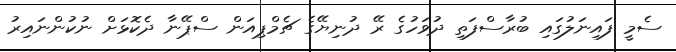
ސެމީ ފައިނަލުގައި ބުރާސްފަތި ދުވަހުގެ ރޭ ދުނިޔޭގެ ޗެމްޕިއަން ސްޕޭނާ ދެކޮޅަށް ނުކުންނައިރު